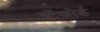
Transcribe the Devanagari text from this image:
स्टेंफोर्ड